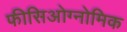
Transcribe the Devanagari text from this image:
फीसिओग्नोमिक